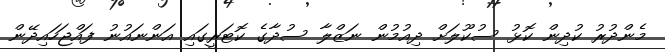
މެންދުރު ކުދިން ކޮޅު ސުކޫލަށް ދިއުމުން ނަޒްލާ ސުދާގެ ކޮޓަރީގައި އަންނައުނު ފައްޖަހައިދޭން